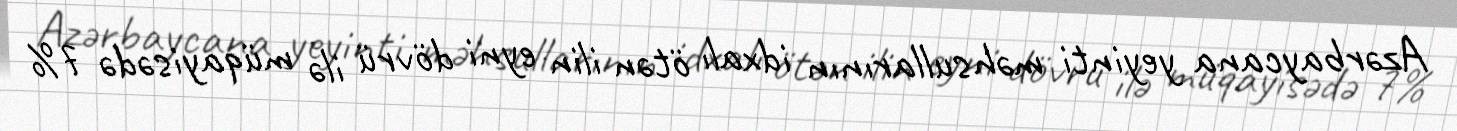
Azərbaycana yeyinti məhsullarının idxalı ötən ilin eyni dövrü ilə müqayisədə 7%